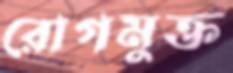
রোগমুক্ত